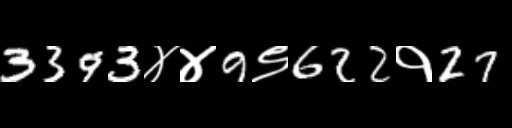
Text: 3393४४9९622१27